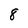
Character: 8